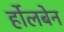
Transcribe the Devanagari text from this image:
र्होलबेन